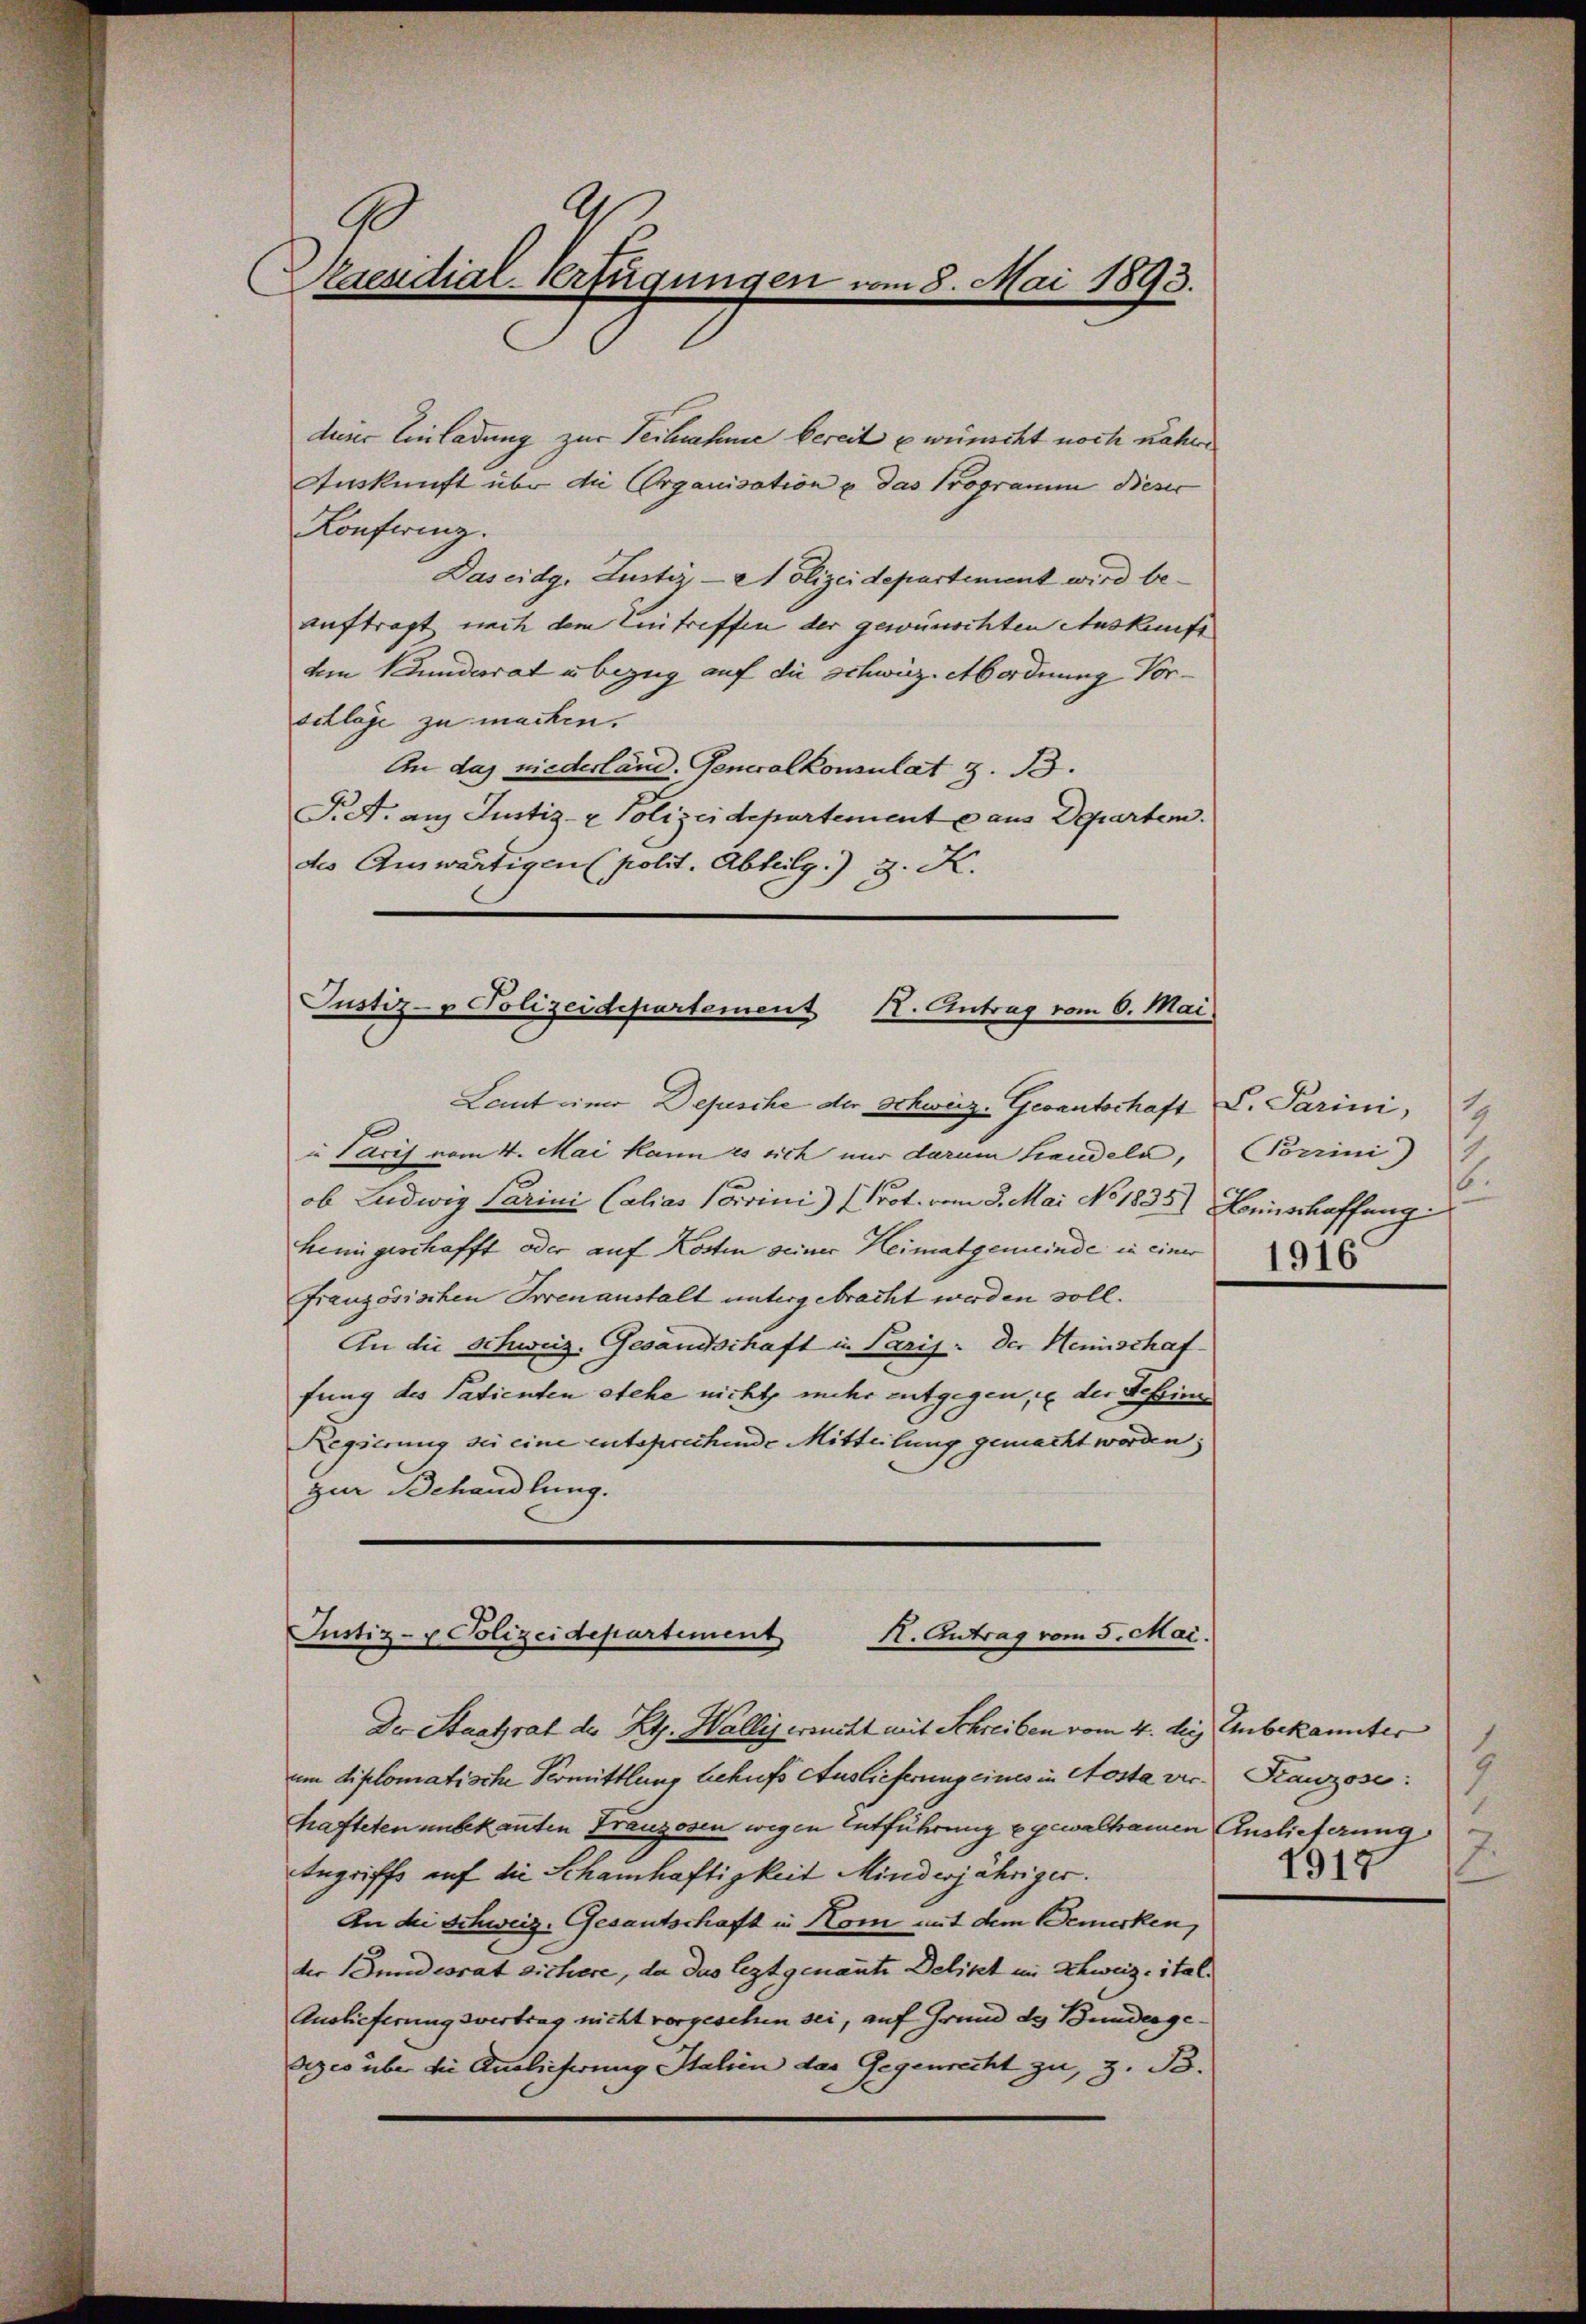
C.
Szresidial-Verfügungen vom 8. Mai 1893.

deiner Einladung zur Teilnahme bereit u wünscht noch nähern
Auskunft über die Organisation u. das Programm dieser
Konferenz.
Daseidg. Justiz - Nolizeidepartement wird beauftragt nach dem Eintreffen der gewünschten Auskunft
dem Bunderrat in bezug auf die schweizetbordnung Vor-
schlage zu machen.
An das niederländ. Generalkonsulat z. 13.
F. A. auf Justiz- & Polizeidepartement aus Departen.
des Auswärtigen polit. Abteilg.) J. K.

Laut einer Depesche der Schweiz-Gevantschaft S. Parini,
in Paris vom 4. Mai kann es sich nur darum handele, Porrini)
ob Ludwig Parini Calias Corrini) (Prot. vom 3. Mai No 1835.) Hinschaffung
heimgeschafft oder auf Kosten seiner Heimatgemeinde in einer
französischen Irrenanstalt untergebracht werden soll.
An die Schweiz. Gesandschaft in Paris. Der Heinschaffung des Patienten etche nicht mehr entgegen, u. der Tessinn
Regierung sei eine entsprechende Mitteilung gemacht worden;
zur Behandlung.

Justiz- & Polizeidepartement
K. Antrag vom 6. Mai.

Justiz- & Polizeidepartement
H. Antrag vom 5. Mai.

Der Staatsrat des Kt. Wallis ersucht mit Schreiben vom 4. der Unbekannter
um diplomatische Vermittlung behufs Auslieferung eines in Aosta ver- Kranzose:
hafteten unbekannten Franzosen wegen Entführung gewalkamen Auslieferung
Angriffe auf die Schamhaftigkeit Minderjähriger.
An die Schweiz. Gesantschaft in Kom mit dem Bemerken,
der Bundesrat sichere, da das leztgenannte Delikt im Schweiz, ital¬
Auslieferung vertrag nicht vorgesehen sei, auf Grund des Bundegedeges über die Auslieferung Italien das Gegenrecht zu, z. B.

1
6.
1916.

1
1917